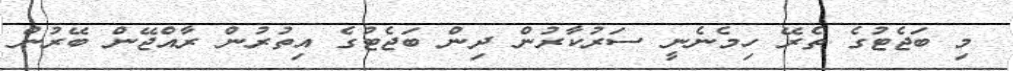
މި ބަޖެޓުގެ ތެރޭ ހިމެނެނީ ސަރުކާރުން ދިން ބަޖެޓުގެ އިތުރުން ރާއްޖޭން ބޭރުން